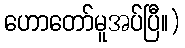
ဟောတော်မူအပ်ပြီ။)